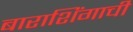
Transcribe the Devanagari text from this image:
बाराशिंगाची